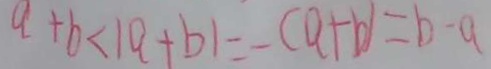
a + b < \vert a + b \vert = - ( a + b ) = b - a